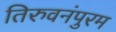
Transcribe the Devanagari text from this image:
तिरुवनंपुरम